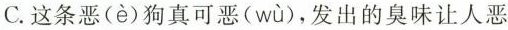
C.这条恶(è)狗真可恶( wù )，发出的臭味让人